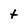
Character: t